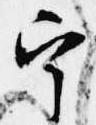
宰